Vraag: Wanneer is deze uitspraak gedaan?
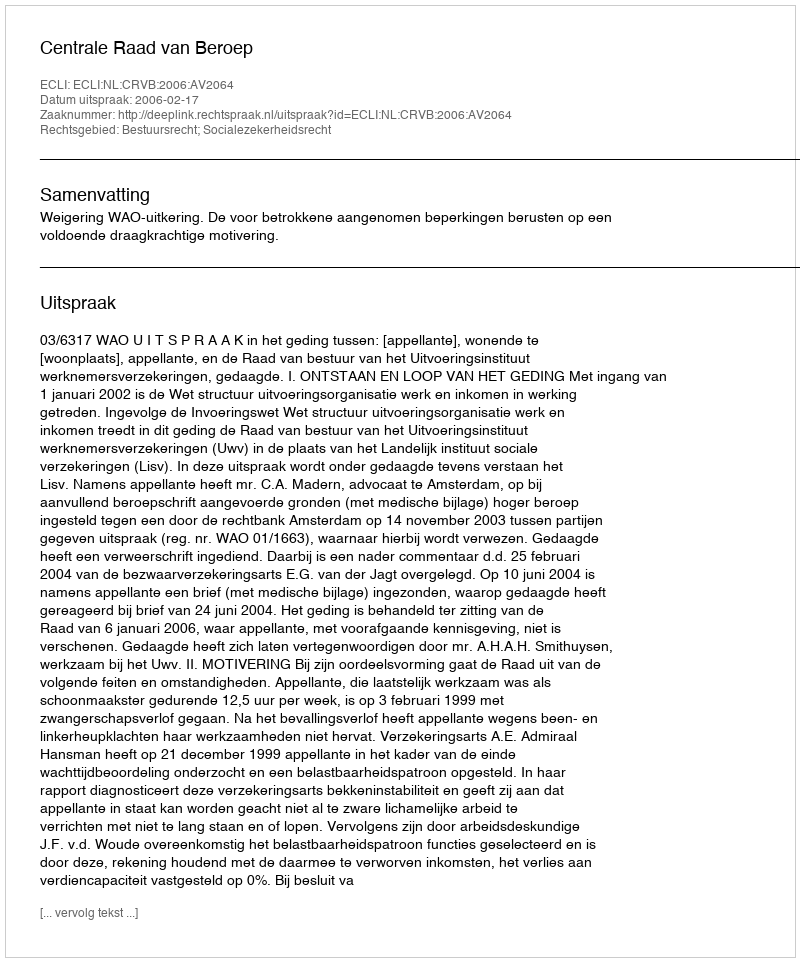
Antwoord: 2006-02-17